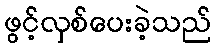
ဖွင့်လှစ်ပေးခဲ့သည်